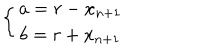
\left\{ \begin{array} { c } { { a = r - x _ { n + 1 } } } \\ { { b = r + x _ { n + 1 } } } \\ \end{array} \right.